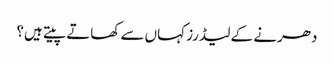
دھرنے کے لیڈرز کہاں سے کھاتے پیتے ہیں؟